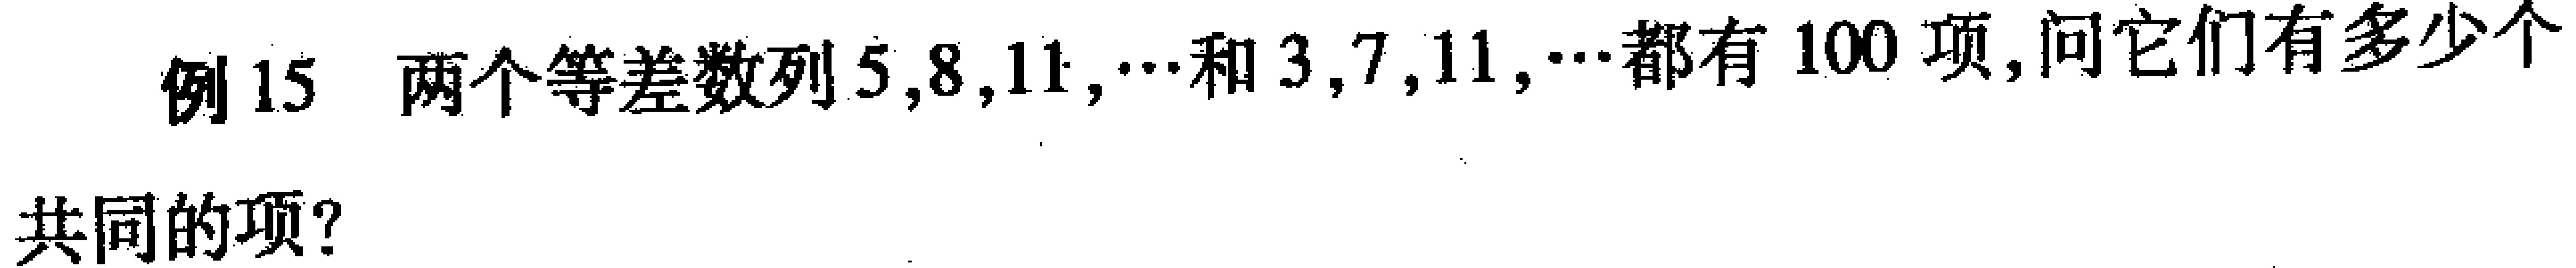
例15 两个等差数列\(5,8,11,\cdots\)和\(3,7,11,\cdots\)都有\(100\)项，问它们有多少个共同的项？